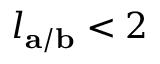
l _ { \mathbf { a / b } } < 2